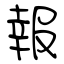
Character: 報